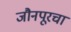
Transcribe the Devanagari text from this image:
जौनपूरचा